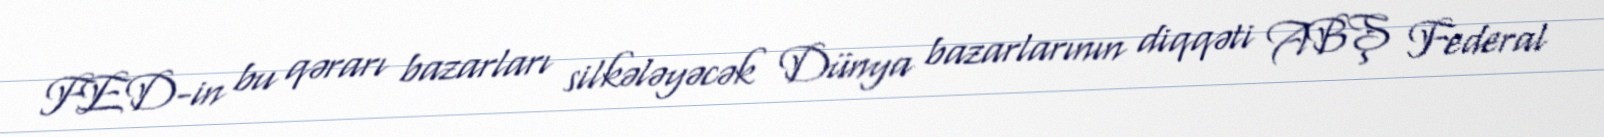
FED-in bu qərarı bazarları silkələyəcək Dünya bazarlarının diqqəti ABŞ Federal